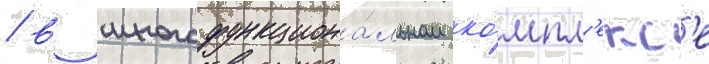
/ в многофункциона́льном ко́мпл'екс'е